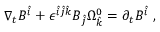
\nabla _ { t } B ^ { \hat { i } } + { \epsilon } ^ { \hat { i } \hat { j } \hat { k } } B _ { \hat { j } } { \Omega } _ { \hat { k } } ^ { 0 } = \partial _ { t } B ^ { \hat { i } } \; ,